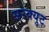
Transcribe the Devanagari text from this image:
सरक्युट